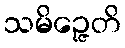
သမိဉ္ဇေတိ